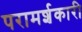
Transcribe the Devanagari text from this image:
परामर्शकारी